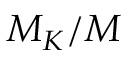
M _ { K } / M